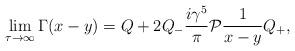
LaTeX: \begin{align*}\lim _{\tau \rightarrow \infty }\Gamma (x-y)=Q+2Q_{-}\frac{i\gamma ^{5}}{\pi }{\cal P}\frac{1}{x-y}Q_{+},\end{align*}